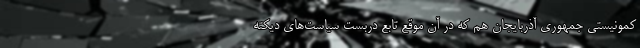
کمونیستی جمهوری آذربایجان هم که در آن موقع تابع دربست سیاست‌های دیکته